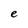
Character: e